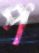
প